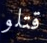
قتلو